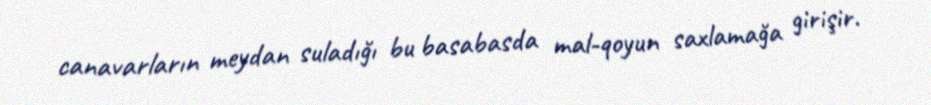
canavarların meydan suladığı bu basabasda mal-qoyun saxlamağa girişir.